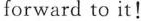
forward to it !